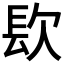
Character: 𨱟